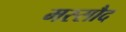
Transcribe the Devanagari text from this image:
मस्सौद